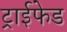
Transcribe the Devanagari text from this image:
ट्राईफेड